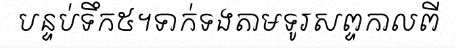
បន្ទប់ទឹក៥។ទាក់ទងតាមទូរសព្ទកាលពី